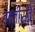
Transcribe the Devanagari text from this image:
बत्तीसवे